画像に写った文字を読んでください
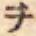
「ヲ」と書いてあります